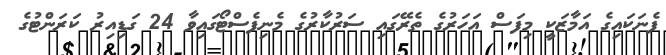
ފެނަކައިގެ އަމާޒަކީ މިފަސް އަހަރުގެ ތެރޭގައި ސަރުކާރުގެ މެނިފެސްޓޯގައިވާ 24 ގަޑިއިރު ކަރަންޓުގެ